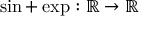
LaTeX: \sin + \exp : \mathbb { R } \to \mathbb { R }